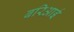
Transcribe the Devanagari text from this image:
बरिआई